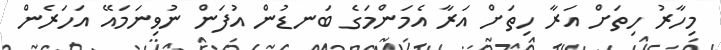
މިހާރު ހިތަށް އަރާ ހިތަށް އަރާ އެމަންމަގެ ބަނޑުން އުފަން ނުވިނަމައޭ އަހަރެން